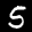
Label: 5